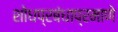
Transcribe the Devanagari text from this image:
शोधप्रबंधाप्रमाणे